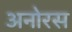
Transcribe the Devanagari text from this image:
अनोरस